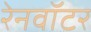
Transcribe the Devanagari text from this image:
रेनवॉटर